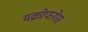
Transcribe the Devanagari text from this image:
मक्रोफगेस